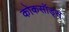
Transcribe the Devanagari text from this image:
कोकसॉड्स